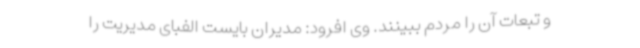
و تبعات آن را مردم ببینند. وی افرود: مدیران بایست الفبای مدیریت را